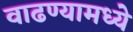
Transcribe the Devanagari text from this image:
वाढण्यामध्ये